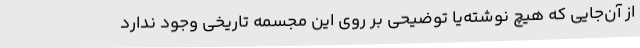
از آن‌جایی که هیچ نوشته‌یا توضیحی بر روی این مجسمه تاریخی وجود ندارد